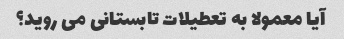
آیا معمولا به تعطیلات تابستانی می روید؟